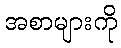
အစာများကို